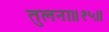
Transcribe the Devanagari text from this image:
तुलना॥१५॥